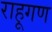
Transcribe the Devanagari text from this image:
राहूगण